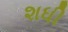
શધી